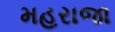
મહરાજા